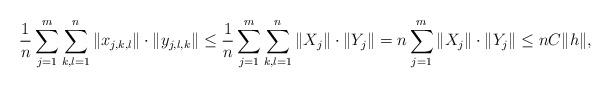
\begin{align*}\frac{1}{n}\sum_{j=1}^m \sum_{k,l=1}^n \|x_{j,k,l}\|\cdot \|y_{j,l,k}\|\leq \frac{1}{n}\sum_{j=1}^m \sum_{k,l=1}^n \|X_j\|\cdot \|Y_j\|=n\sum_{j=1}^m\|X_j\|\cdot \|Y_j\|\leq nC\|h\|,\end{align*}